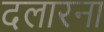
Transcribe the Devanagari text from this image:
दलारना